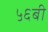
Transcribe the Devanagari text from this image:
५६बी